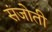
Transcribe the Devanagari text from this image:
संजोती